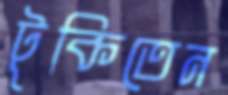
টুকিতেন